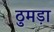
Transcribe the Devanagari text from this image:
ठुमड़ा